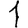
Digit: 1